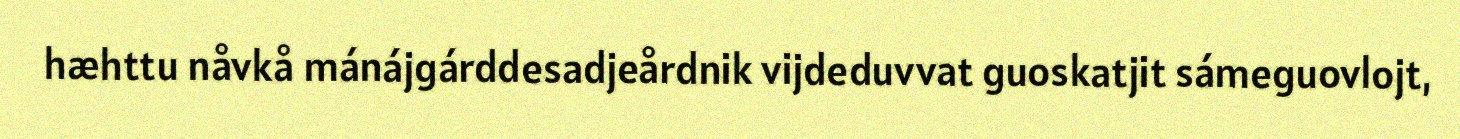
hæhttu nåvkå mánájgárddesadjeårdnik vijdeduvvat guoskatjit sámeguovlojt,